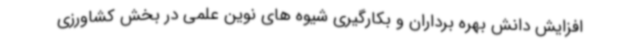
افزایش دانش بهره برداران و بکارگیری شیوه های نوین علمی در بخش کشاورزی